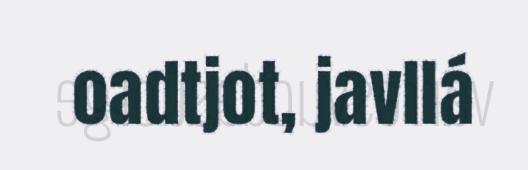
oadtjot, javllá